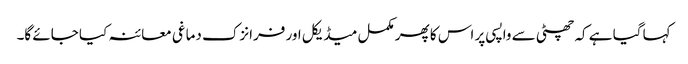
کہا گیا ہے کہ چھٹی سے واپسی پر اس کا پھر مکمل میڈیکل اور فرانزک دماغی معائنہ کیا جائے گا۔